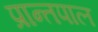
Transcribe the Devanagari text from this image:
प्रान्तपाल